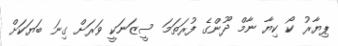
ޕިޔާރު ކޯ ކިޔާ ނާމް ދޫންގެ ފުރަތަމަ ސީޒަނަކީ ވަރަށް ގިނަ ބަޔަކަށް